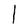
Character: l